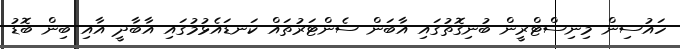
ހައުސިން މިނިސްޓްރީން ބުނިގޮތުގައި އާބަން ސެންޓަރުތައް ކަނޑައެޅުމުގައި އާބާދީ އާއި ބިން ބޮޑު